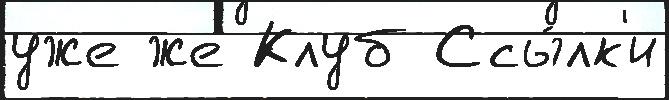
уже же Клуб Ссы́лк'и